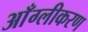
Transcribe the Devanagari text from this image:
आँग्लीकरण